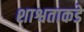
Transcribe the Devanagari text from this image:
शाश्वताकडे